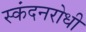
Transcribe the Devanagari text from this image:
स्कंदनरोधी